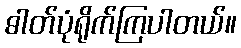
ဓါတ်ပုံရိုက်ကြပါတယ်။